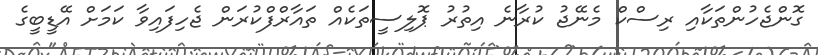
ގޮންޖެހުންތަކާއި ރިސްކް މެނޭޖު ކުރާނެ އިތުރު ޕޮލިސީތަކެއް ތައާރްފްކުރަން ޖެހިފައިވާ ކަމަށް އޭޑީބީގެ